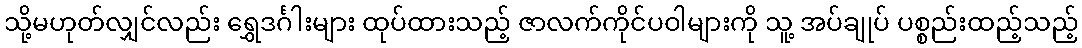
သို့မဟုတ်လျှင်လည်း ရွှေဒင်္ဂါးများ ထုပ်ထားသည့် ဇာလက်ကိုင်ပဝါများကို သူ့ အပ်ချုပ် ပစ္စည်းထည့်သည့်